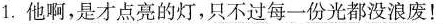
1.他啊，是才点亮的灯，只不过每一份光都没浪废！